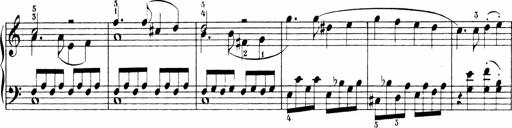
Title: 6 Sonatinas
Composer: Carl Reinecke